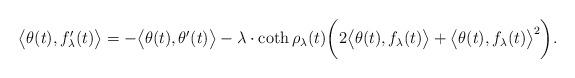
LaTeX: \begin{align*}\big< \theta(t), f_{\lambda}'(t) \big> = - \big< \theta(t), \theta'(t) \big> - \lambda \cdot \coth \rho_{\lambda}(t) \bigg( 2 \big< \theta(t), f_{\lambda}(t) \big> + \big< \theta(t), f_{\lambda}(t) \big>^{2} \bigg). \end{align*}